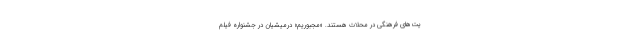
یت‌های فرهنگی در محلات هستند. «مجبوریم» درمیشیان در جشنواره فیلم